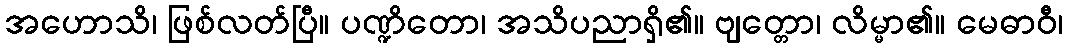
အဟောသိ၊ ဖြစ်လတ်ပြီ။ ပဏ္ဍိတော၊ အသိပညာရှိ၏။ ဗျတ္တော၊ လိမ္မာ၏။ မေဓာဝီ၊